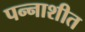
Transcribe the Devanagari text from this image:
पन्‍नाशीत